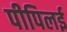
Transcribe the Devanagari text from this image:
पीपिलई